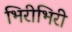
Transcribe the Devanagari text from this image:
भिरीभिरी